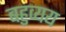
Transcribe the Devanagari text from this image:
बहुव्यय